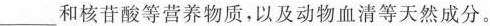
___和核苷酸等营养物质，以及动物血清等天然成分。